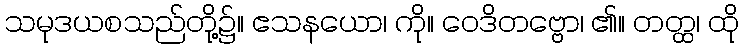
သမုဒယစသည်တို့၌။ ဧသနယော၊ ကို။ ဝေဒိတဗ္ဗော၊ ၏။ တတ္ထ၊ ထို